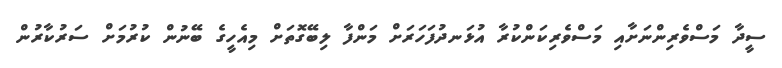
ސީދާ މަސްވެރިންނަށާއި މަސްވެރިކަންކުރާ އުޅަނދުފަހަރަށް މަންފާ ލިބޭގޮތަށް މިއެހީގެ ބޭނުން ކުރުމަށް ސަރުކާރުން